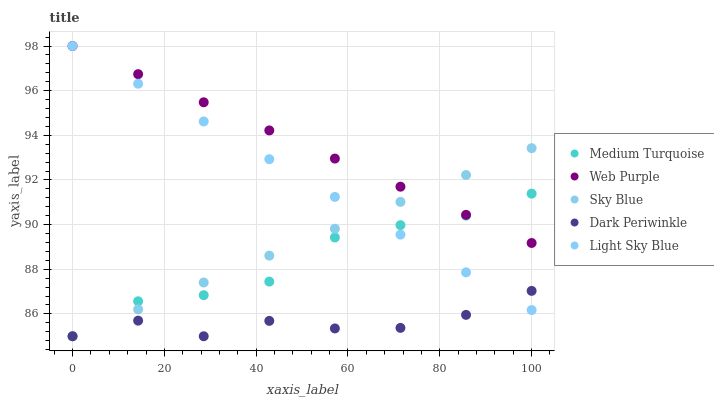
| xaxis_label | Medium Turquoise | Web Purple | Sky Blue | Dark Periwinkle | Light Sky Blue |
 | --- | --- | --- | --- | --- | --- |
 | 0 | 85 | 98 | 85 | 85 | 98 |
 | 14.3 | 86.6 | 96.7 | 86.2 | 85.7 | 96.3 |
 | 28.6 | 86.8 | 95.5 | 87.4 | 85 | 94.6 |
 | 42.9 | 87.4 | 94.2 | 88.6 | 85.7 | 92.9 |
 | 57.1 | 89.4 | 93 | 89.8 | 85.3 | 91.2 |
 | 71.4 | 90 | 91.7 | 91 | 85.4 | 89.6 |
 | 85.7 | 90.4 | 90.4 | 92.2 | 86 | 87.9 |
 | 100 | 91.4 | 89.2 | 93.4 | 87 | 86.2 |